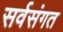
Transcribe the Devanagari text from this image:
सर्वसंगत